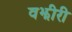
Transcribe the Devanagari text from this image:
वझीरी